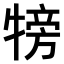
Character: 𤚰